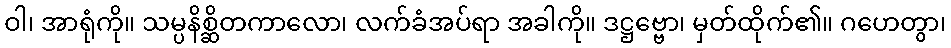
ဝါ၊ အာရုံကို။ သမ္ပနိစ္ဆိတကာလော၊ လက်ခံအပ်ရာ အခါကို။ ဒဋ္ဌဗ္ဗော၊ မှတ်ထိုက်၏။ ဂဟေတွာ၊